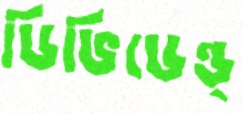
ডিভিডেন্ড্‌